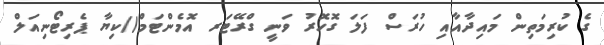
ގެ ކުރިމަތިން މައިދާއާއި ހުރަސް ފަލަ ގޮހޮރު ވަނީ ގްރޭޓަރ އޮމެންޓަމް()ކިޔާ ޕެރިޓޯނިއަލް